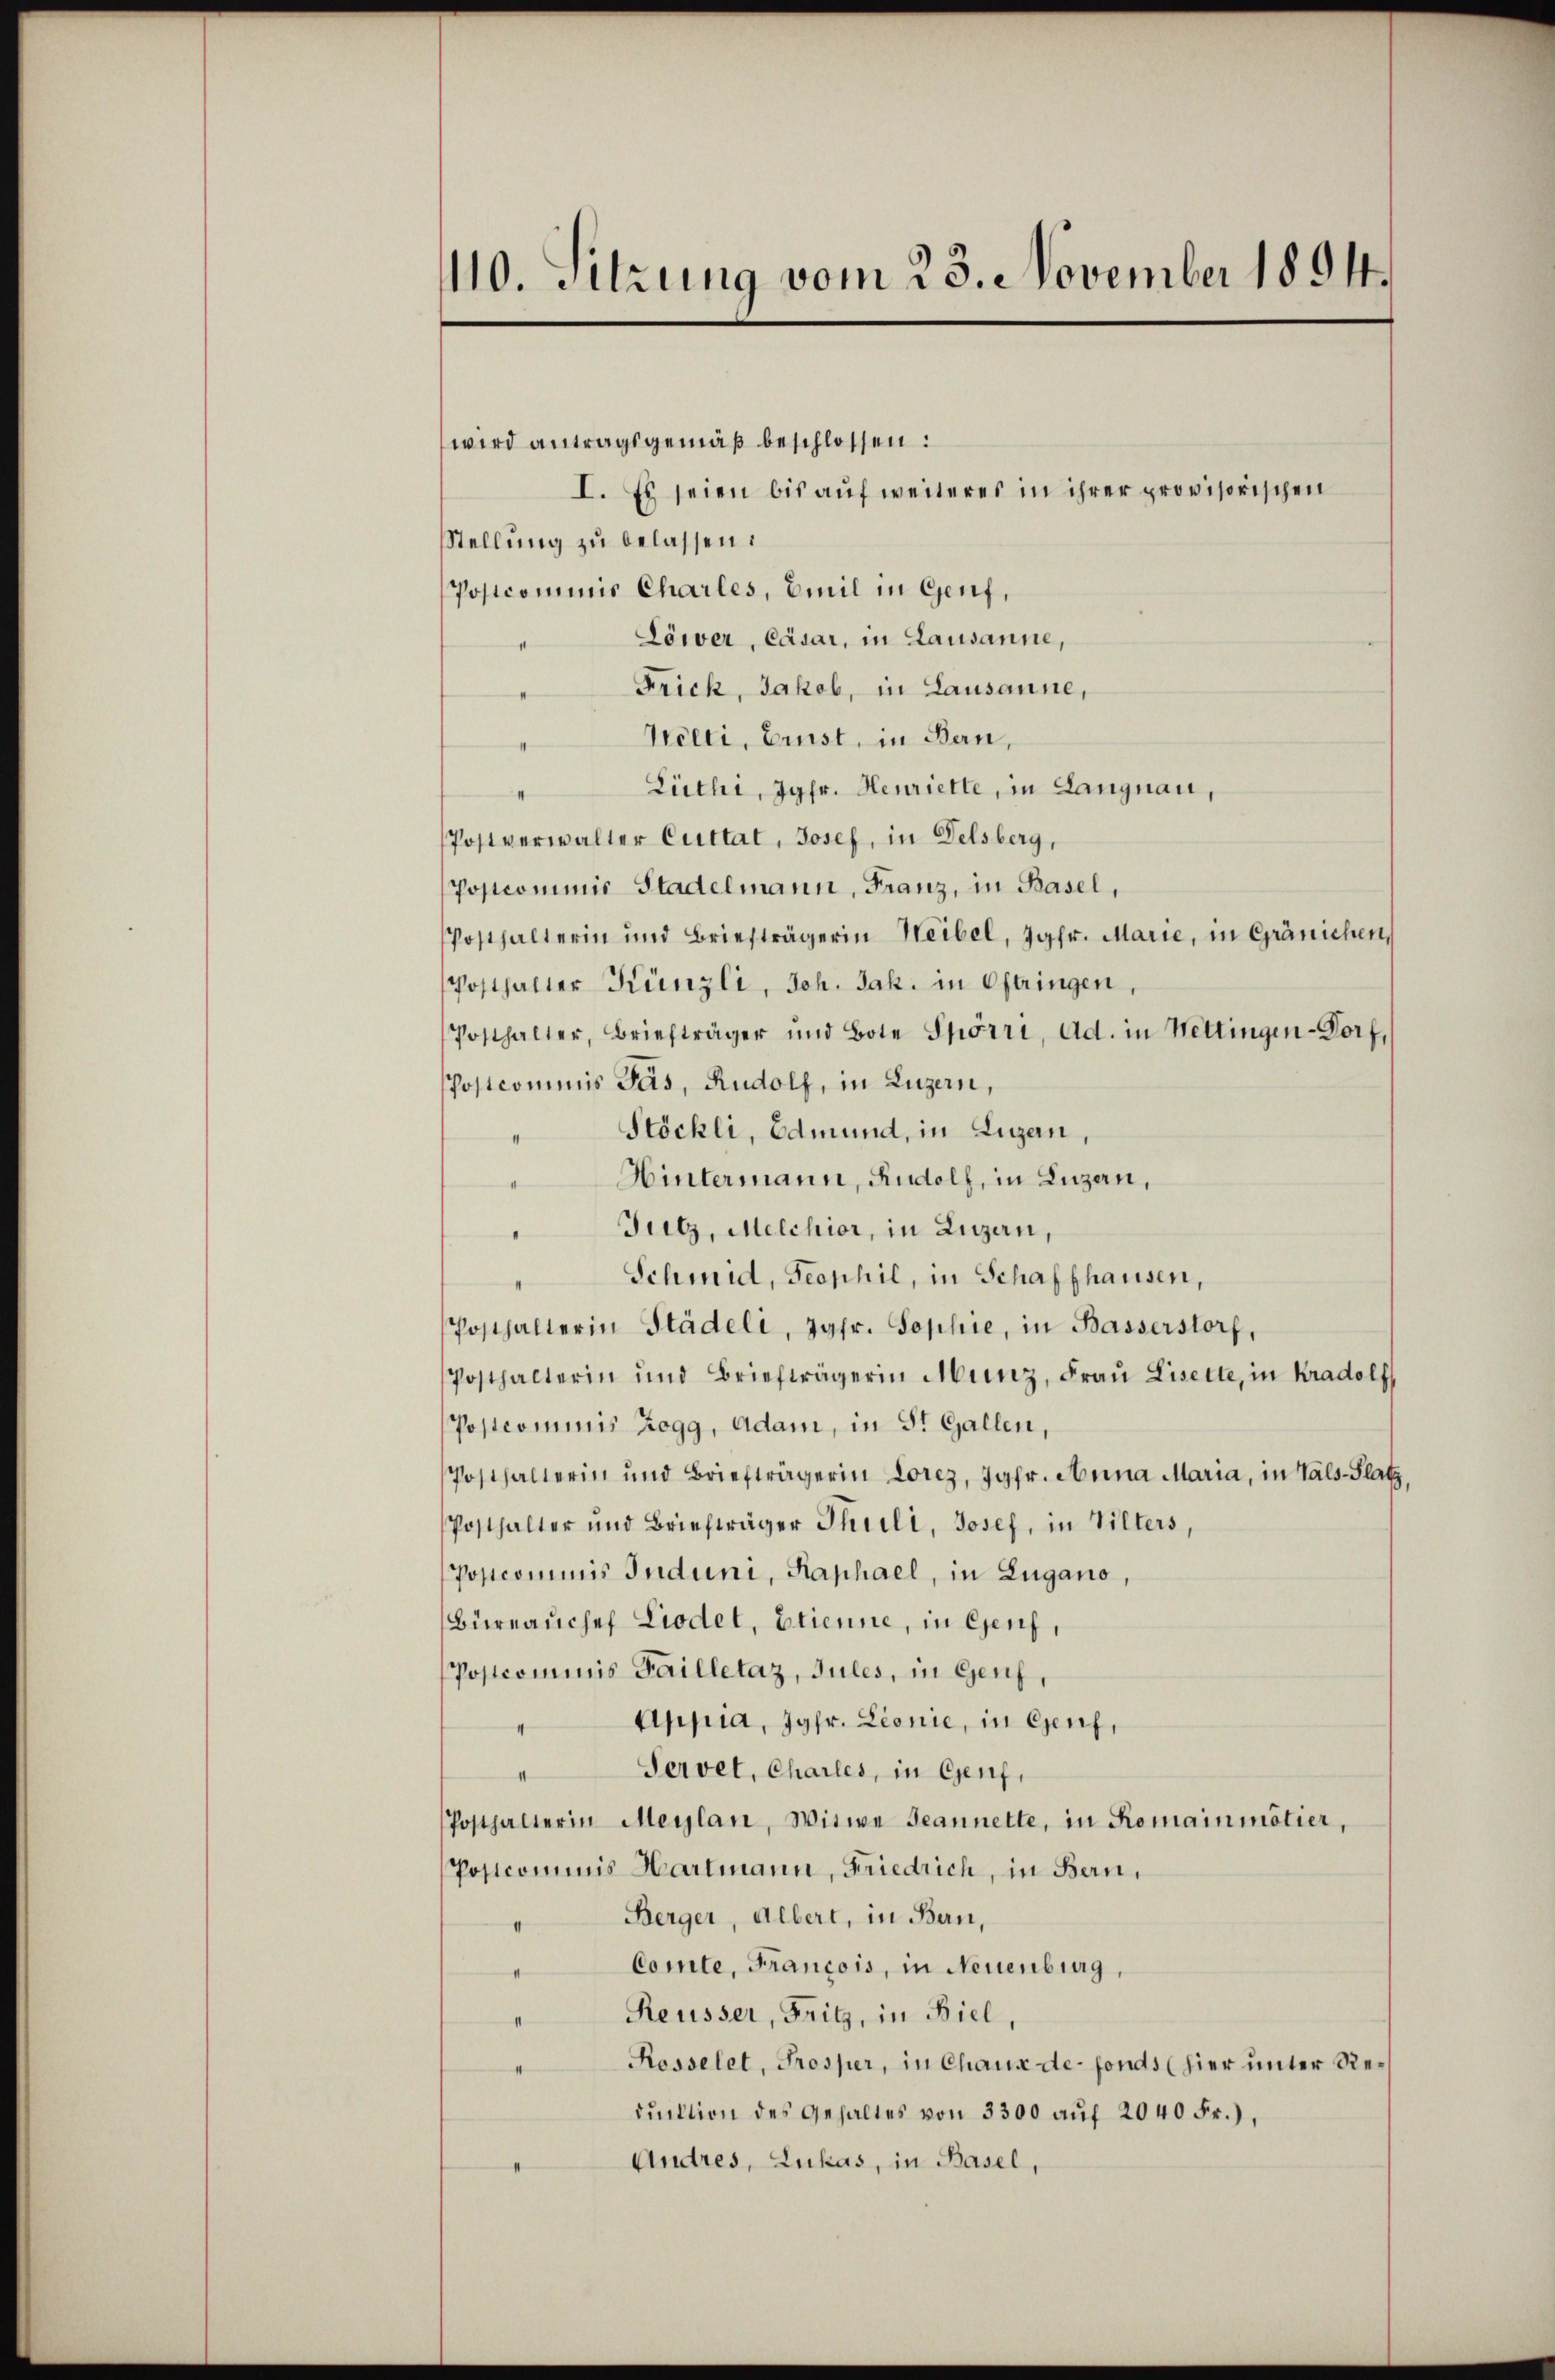
110. Sitzung vom 23. November 1894.

wird antragsgemäß beschlossen:
I. Es seien bis auf weiteres in ihrer provisorischen
Stellung zu belassen:
Postcommis Charles, Emil in Genf,
Löwer, Cäsar, in Lausanne,
Frick, Jakob, in Lausanne,
Welti, Ernst, in Bern,
Lüthi, Jgfr. Henriette, in Langnau,
Postverwalter Cuttat, Josef, in Delsberg,
Postcominie Stadelmann, Franz, in Basel,
Posthalterin und Briefträgerin Weibel, Jgfr. Marie, in Gränichen
Posthalter Künzli, Joh. Jak. in Oftringen,
Posthalter, Briefträger und Bote Spörri, Ad. in Nettingen-Dorf,
Postcommis Pas, Rudolf, in Luzern,
Stöckli, Edmund, in Luzern,
Hintermann, Rudolf, in Luzern,
Fulz, Melchior, in Luzern,
Schmid, Sophil, in Schaffhausen,
Posthalterin Städeli, Jgfr. Sophie, in Basserstorf,
Posthalterin und Briefträgerin Munz, Fraŭ Liselte, in Kradolf
Postcommis Zogg, Adam, in St. Gallen,
Posthalterin und Briefträgerin Lorez, Jgfr. Anna Maria, in Vals-Platz,
Posthalter und Briefträger Theili, Josef, in Vilters,
Postcommis Induni, Kaphael, in Zugano,
Büreaŭchef Liodet, Etienne, in Genf,
Postcommis Failletaz, Jules, in Genf,
Appia, Jgfr. Lionie, in Genf,
Servet, Charles, in Genf,
Posthalterin Maylan, Witwe Jeannette, in Romainmötier,
Postcommis Hartmann, Friedrich, in Bern,
Berger, Albert, in Bern,
Comte, Francois, in Neuenburg,
Reusser, Fritz, in Biel,
Rosselet, Prosper, in Chaux de fonds (hier unter Reduktion des Gehaltes von 3300 aŭf 2040 Fr.),
Andres, Lukas, in Basel,